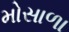
મોસાળા